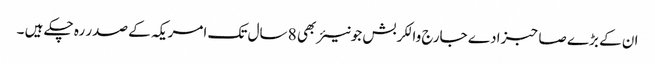
ان کے بڑے صاحبزادے جارج والکر بش جونیئر بھی 8 سال تک امریکہ کے صدر رہ چکے ہیں ۔